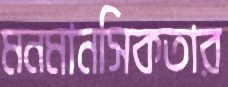
মনমানসিকতার